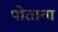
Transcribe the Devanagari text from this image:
पोताना